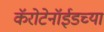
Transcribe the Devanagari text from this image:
कॅरोटेनॉईडच्या